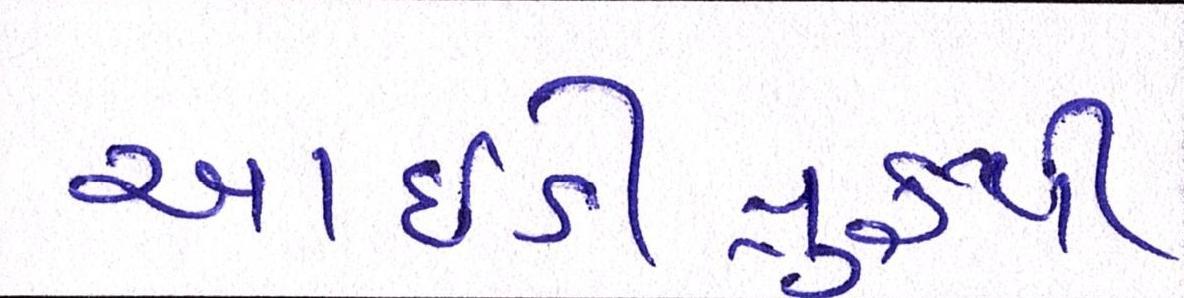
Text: આઇડીપ્રુફથી